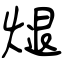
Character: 煺